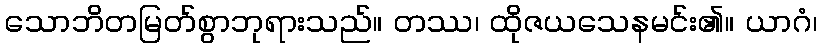
သောဘိတမြတ်စွာဘုရားသည်။ တဿ၊ ထိုဇယသေနမင်း၏။ ယာဂံ၊